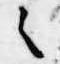
之